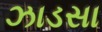
ઝાડસા